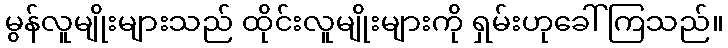
မွန်လူမျိုးများသည် ထိုင်းလူမျိုးများကို ရှမ်းဟုခေါ်ကြသည်။